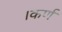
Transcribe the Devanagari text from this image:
।कर्ण